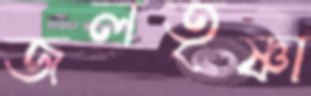
জলতৃষ্ণা